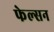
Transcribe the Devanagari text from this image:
फेल्सन